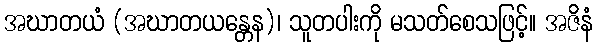
အဃာတယံ (အဃာတယန္တေန)၊ သူတပါးကို မသတ်စေသဖြင့်။ အဇိနံ